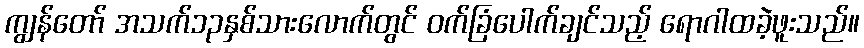
ကျွန်တော် အသက်၁၃နှစ်သားလောက်တွင် ဝက်ခြံပေါက်ချင်သည့် ရောဂါထခဲ့ဖူးသည်။